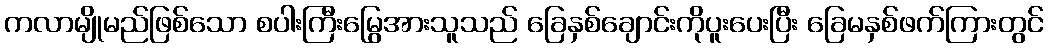
ကလာမျိုမည်ဖြစ်သော စပါးကြီးမြွေအားသူသည် ခြေနှစ်ချောင်းကိုပူးပေးပြီး ခြေမနှစ်ဖက်ကြားတွင်